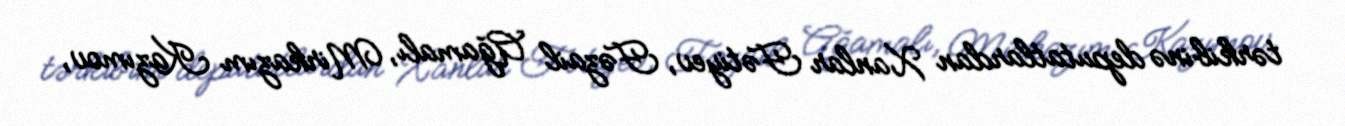
tərkibinə deputatlardan Xanlar Fətiyev, Fəzail Ağamalı, Mirkazım Kazımov,